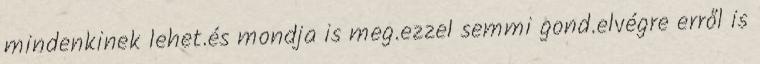
mindenkinek lehet.és mondja is meg.ezzel semmi gond.elvégre erről is